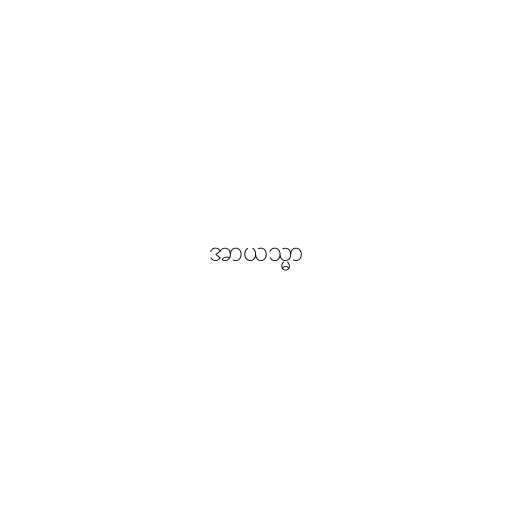
အာယသ္မာ